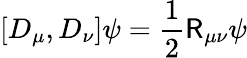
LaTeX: [D_{\mu},D_{\nu}]\psi={\frac{1}{2}}{\mathsf{R}}_{\mu\nu}\psi